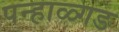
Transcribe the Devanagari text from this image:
पन्हाळ्गड